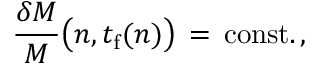
{ \frac { \delta M } { M } } \bigl ( n , t _ { \mathrm { f } } ( n ) \bigr ) \, = \, \mathrm { c o n s t . } \, ,